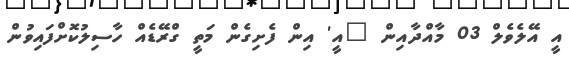
އީ އޭލެވެލް 03 މާއްދާއިން "އީ' އިން ފެށިގެން މަތީ ގްރޭޑެއް ހާސިލުކޮށްފައިވުން